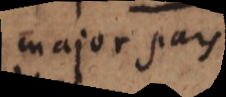
major pars